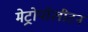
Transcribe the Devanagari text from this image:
मेट्रोपॉलीटन